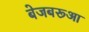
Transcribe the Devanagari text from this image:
बेजबरूआ